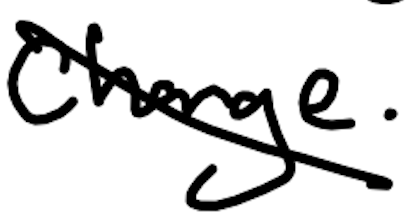
Text: change.
Cross-out: diagonal
Writing tool: digital_black